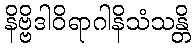
နိဗ္ဗိဒါဝိရာဂါနိသံသန္တိ